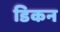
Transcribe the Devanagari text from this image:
डिकन